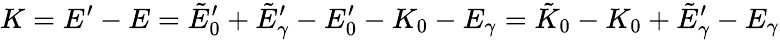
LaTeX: K=E^{\prime}-E=\tilde{E}_{0}^{\prime}+\tilde{E}_{\gamma}^{\prime}-E_{0}^{\prime}-K_{0}-E_{\gamma}=\tilde{K}_{0}-K_{0}+\tilde{E}_{\gamma}^{\prime}-E_{\gamma}